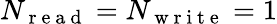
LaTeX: N_{\mathrm{~r~e~a~d~}}=N_{\mathrm{~w~r~i~t~e~}}=1